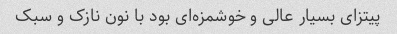
پیتزای بسیار عالی و خوشمزه‌ای بود با نون نازک و سبک